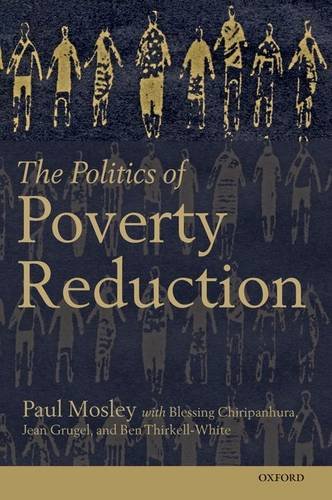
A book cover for The Politics of Poverty Reduction; Paul Mosley; Business & Money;